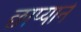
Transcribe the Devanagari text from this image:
छाप्याने